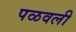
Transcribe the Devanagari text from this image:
पळवली